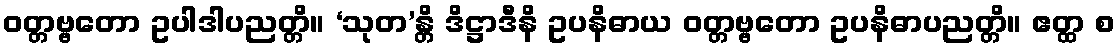
ဝတ္တဗ္ဗတော ဥပါဒါပညတ္တိ။ ‘သုတ’န္တိ ဒိဋ္ဌာဒီနိ ဥပနိဓာယ ဝတ္တဗ္ဗတော ဥပနိဓာပညတ္တိ။ ဧတ္ထ စ